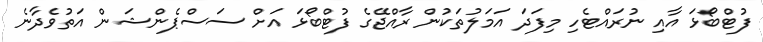
ފުޓްބޯޅަ އާއި ނުރައްޓެހި މިފަދަ އަމަލުތަކުން ރާއްޖޭގެ ފުޓްބޯޅަ އަށް ސަސްޕެންޝަން އަތުވެދާނެ